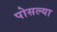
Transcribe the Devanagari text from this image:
पोसल्या